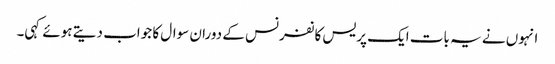
انہوں نے یہ بات ایک پریس کانفرنس کے دوران سوال کا جواب دیتے ہوئے کہی۔